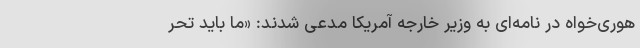
هوری‌خواه در نامه‌ای به وزیر خارجه آمریکا مدعی شدند: «ما باید تحر